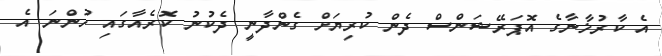
އެ ކާރުޚާނާގެ އޮޕަރޭޝަންސް ދެން ކުރިޔަށް ގެންދާނީ ދެކުނު ކޮރެއާގައި ހުންނަ އެ